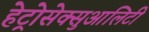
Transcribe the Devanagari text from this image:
हेट्रोसेक्सुआलिटी